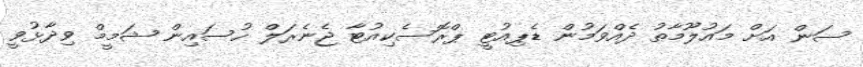
ސަން އަށް މައުލޫމާތު ދެއްވަމުން ޑެޕިއުޓީ ޕްރޮސެކިއުޓާ ޖެނެރަލް ހުސައިން ޝަމީމް ވިދާޅުވީ